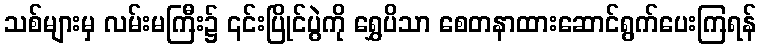
သစ်များမှ လမ်းမကြီး၌ ၎င်းပြိုင်ပွဲကို ရွှေပိသာ စေတနာထားဆောင်ရွက်ပေးကြရန်